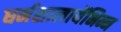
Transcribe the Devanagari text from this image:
धर्मशालायेंभिन्न